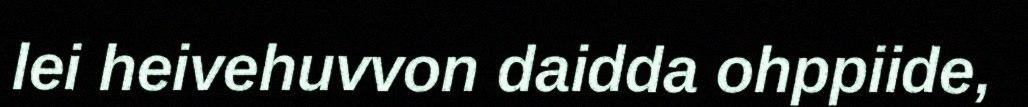
lei heivehuvvon daidda ohppiide,